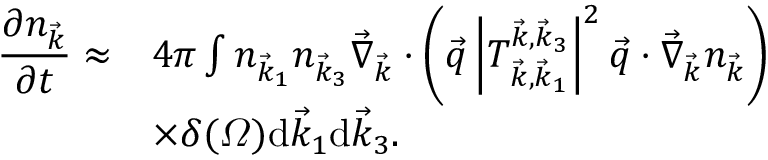
\begin{array} { r l } { \displaystyle \frac { \partial n _ { \vec { k } } } { \partial t } \approx } & { 4 \pi \int n _ { \vec { k } _ { 1 } } n _ { \vec { k } _ { 3 } } \vec { \nabla } _ { \vec { k } } \cdot \left( \vec { q } \left| T _ { \vec { k } , \vec { k } _ { 1 } } ^ { \vec { k } , \vec { k } _ { 3 } } \right| ^ { 2 } \vec { q } \cdot \vec { \nabla } _ { \vec { k } } n _ { \vec { k } } \right) } \\ { \displaystyle } & { \times \delta ( \varOmega ) \mathrm d \vec { k } _ { 1 } \mathrm d \vec { k } _ { 3 } . } \end{array}